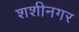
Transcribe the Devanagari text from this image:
शशीनगर